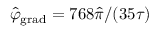
\hat { \varphi } _ { \mathrm { g r a d } } = 7 6 8 \hat { \pi } / ( 3 5 \tau )